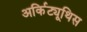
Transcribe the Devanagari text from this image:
अर्किट्यूथिस